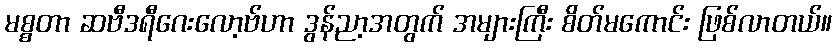
မစ္စတာ ဆဗီဒရီဂေးလော့ဗ်ဟာ ဒွန်ညာ့အတွက် အများကြီး စိတ်မကောင်း ဖြစ်လာတယ်။